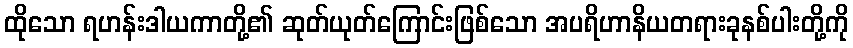
ထိုသော ရဟန်းဒါယကာတို့၏ ဆုတ်ယုတ်ကြောင်းဖြစ်သော အပရိဟာနိယတရားခုနစ်ပါးတို့ကို